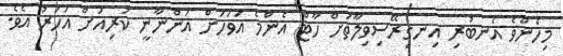
މިހެންވެ އެނބުރި އިނގިރޭސިވިލާތަށް ހާޓް އެންމެ އަވަހަށް އަންނާނީ ކުރިއަށް އަހަރު އެވެ.